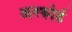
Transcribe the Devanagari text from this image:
अश्फोर्ड